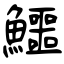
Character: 鱷